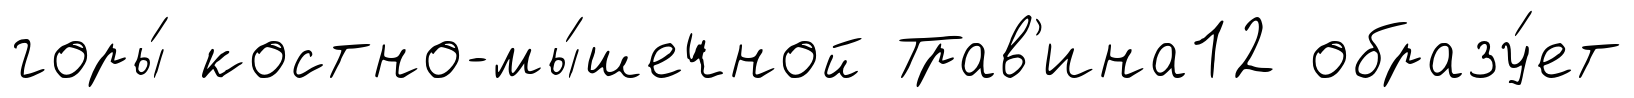
горы́ костно-мы́шечной Трав'ина12 образу́ет